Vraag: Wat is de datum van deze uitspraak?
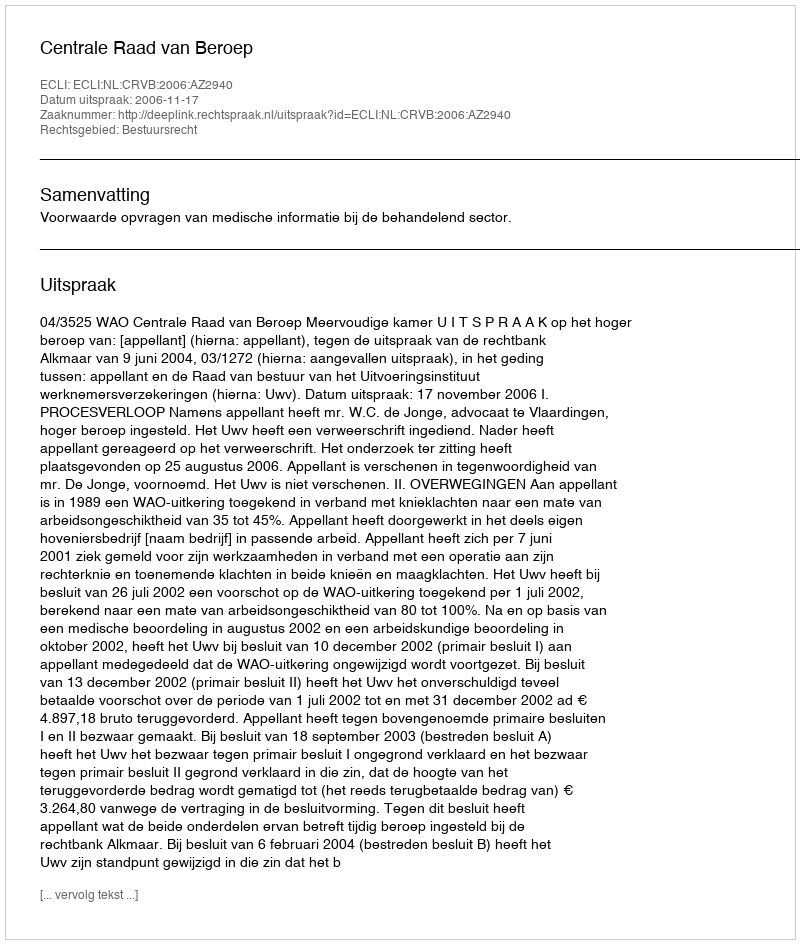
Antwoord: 2006-11-17